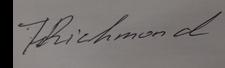
Signature authenticity: genuine